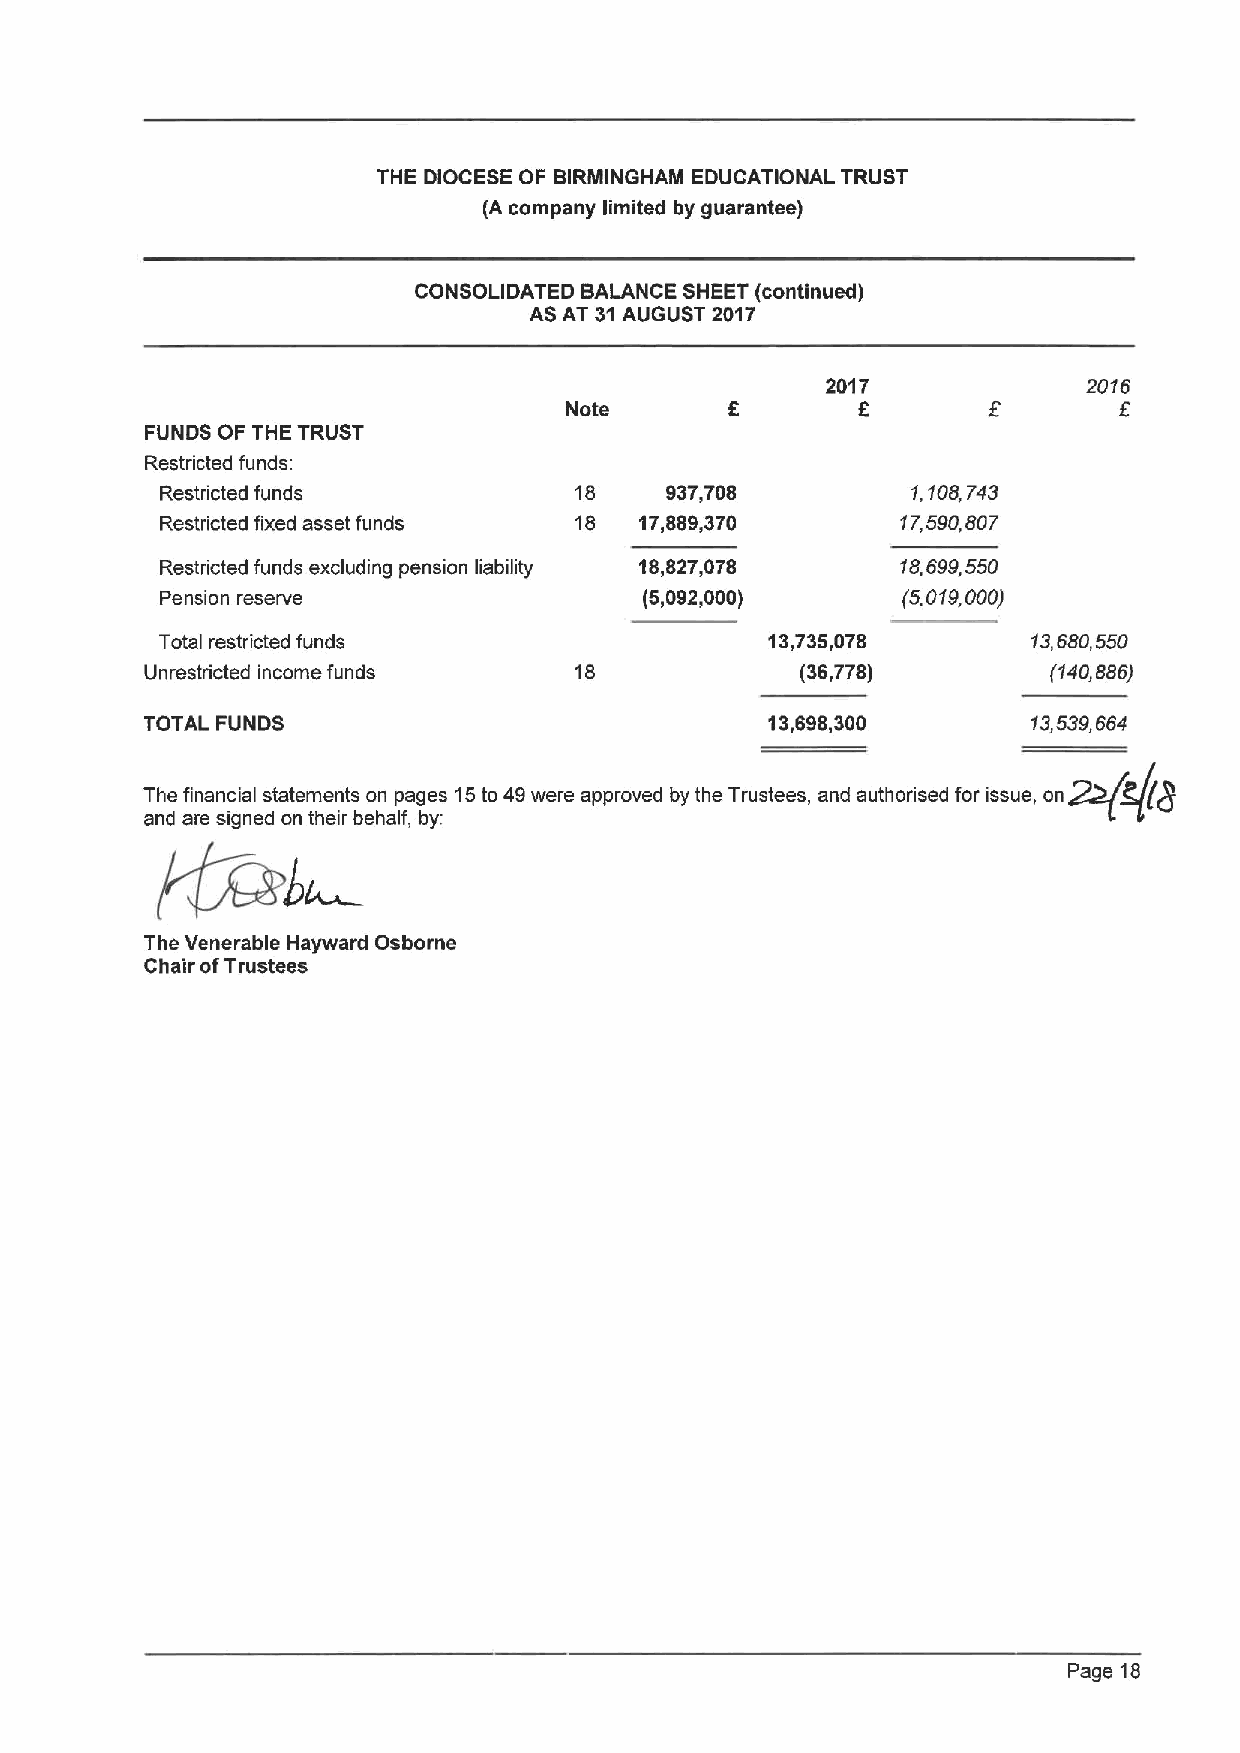
THE DIOCESE OF BIRMINGHAM EDUCATIONAL TRUST
 (A company limited by guarantee)
 CONSOLIDATED BALANCE SHEET (continued)
 AS AT 31AUGUST 2017
 2017             2016
 f
 Note                F
 FUNDS OF THE TRUST
 Restricted funds:
 Restricted funds           18    937,708         1,108,743
 Restricted fixed asset funds 18 17,889,370       17,590,807
 Restricted funds excluding pension liability 18,827,078 18,699,550
 Pension reserve                 (5,092,000)      (5,019,000)
 Total restricted funds                  13,735,078       13,680,550
 Unrestricted income funds   18             (36,778)         (140,886)
 TOTAL FUNDS                              13,698,300       13,539,664
 t,            1,
 tt
 Th ft  tt     t  pg  tdt 49   pp  dhyth T      d th  df       gh(t(($
 1
 and are signed on their behalf, by:
 The Venerable Hayward Osborne
 Chair ofTrustees
 Page 18